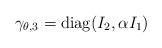
LaTeX: \begin{align*}\gamma_{\theta,3}={\rm diag}(I_2, \alpha I_1)\end{align*}